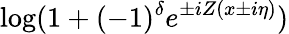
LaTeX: \log(1+(-1)^{\delta}e^{\pm iZ(x\pm i\eta)})